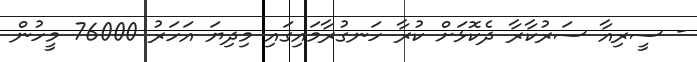
- ސީރިއާ ސަރުކާރާ ދެކޮޅަށް ކުރާ ހަނގުރާމައިގައި މިދިޔަ އަހަރު 76000 މީހުން